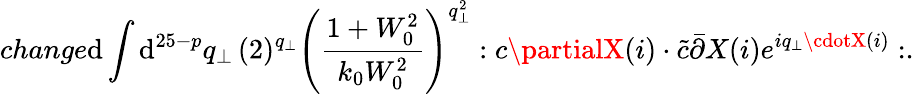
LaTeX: change\mathrm{d}\int\mathrm{d}^{25-p}q_{\bot}\, (2)^{q_{\bot}}\left(\frac{{1+W_{0}^{2}}}{{k_{0}W_{0}^{2}}}\right)^{q_{\bot}^{2}}:c\partialX(i)\cdot\tilde{{c}}\bar{{\partial}}X(i)e^{iq_{\bot}\cdotX(i)}:.